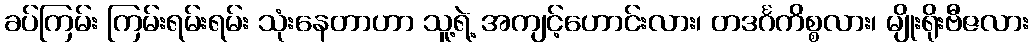
ခပ်ကြမ်း ကြမ်းရမ်းရမ်း သုံးနေတာဟာ သူ့ရဲ့ အကျင့်ဟောင်းလား၊ တဒင်္ဂကိစ္စလား၊ မျိုးရိုးဗီဇလား